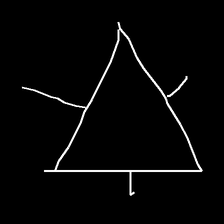
Glyph: fire